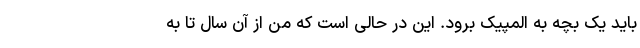
باید یک بچه به المپیک برود. این در حالی است که من از آن سال تا به